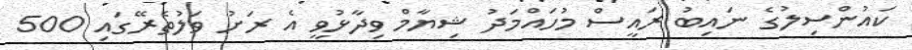
ކައުންސިލުގެ ނައިބު ރައީސް މުހައްމަދު ޝިޔާމް ވިދާޅުވީ އެ ރަށު ވަލުތެރޭގައި 500